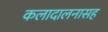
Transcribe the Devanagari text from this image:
कलादालनासह